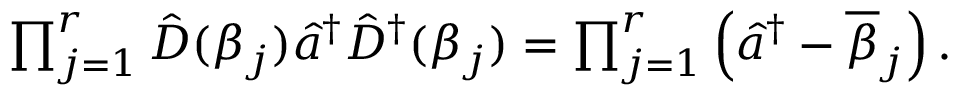
\begin{array} { r } { \prod _ { j = 1 } ^ { r } \hat { D } ( \beta _ { j } ) \hat { a } ^ { \dagger } \hat { D } ^ { \dagger } ( \beta _ { j } ) = \prod _ { j = 1 } ^ { r } \left( \hat { a } ^ { \dagger } - \overline { { \beta } } _ { j } \right) . } \end{array}